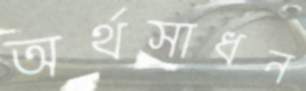
অর্থসাধন